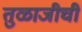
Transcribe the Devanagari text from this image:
तुळाजीची